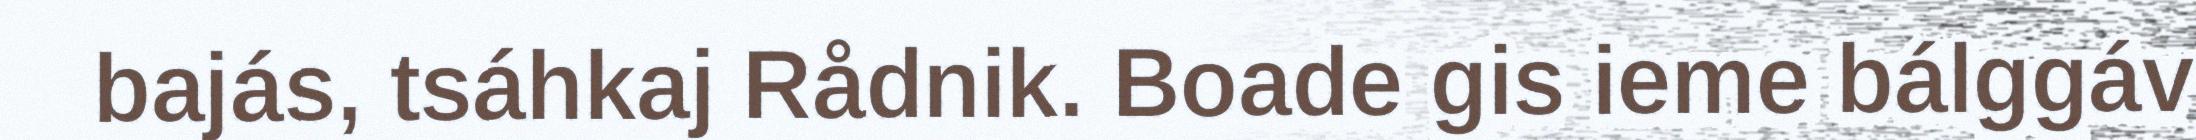
bajás, tsáhkaj Rådnik. Boade gis ieme bálggáv